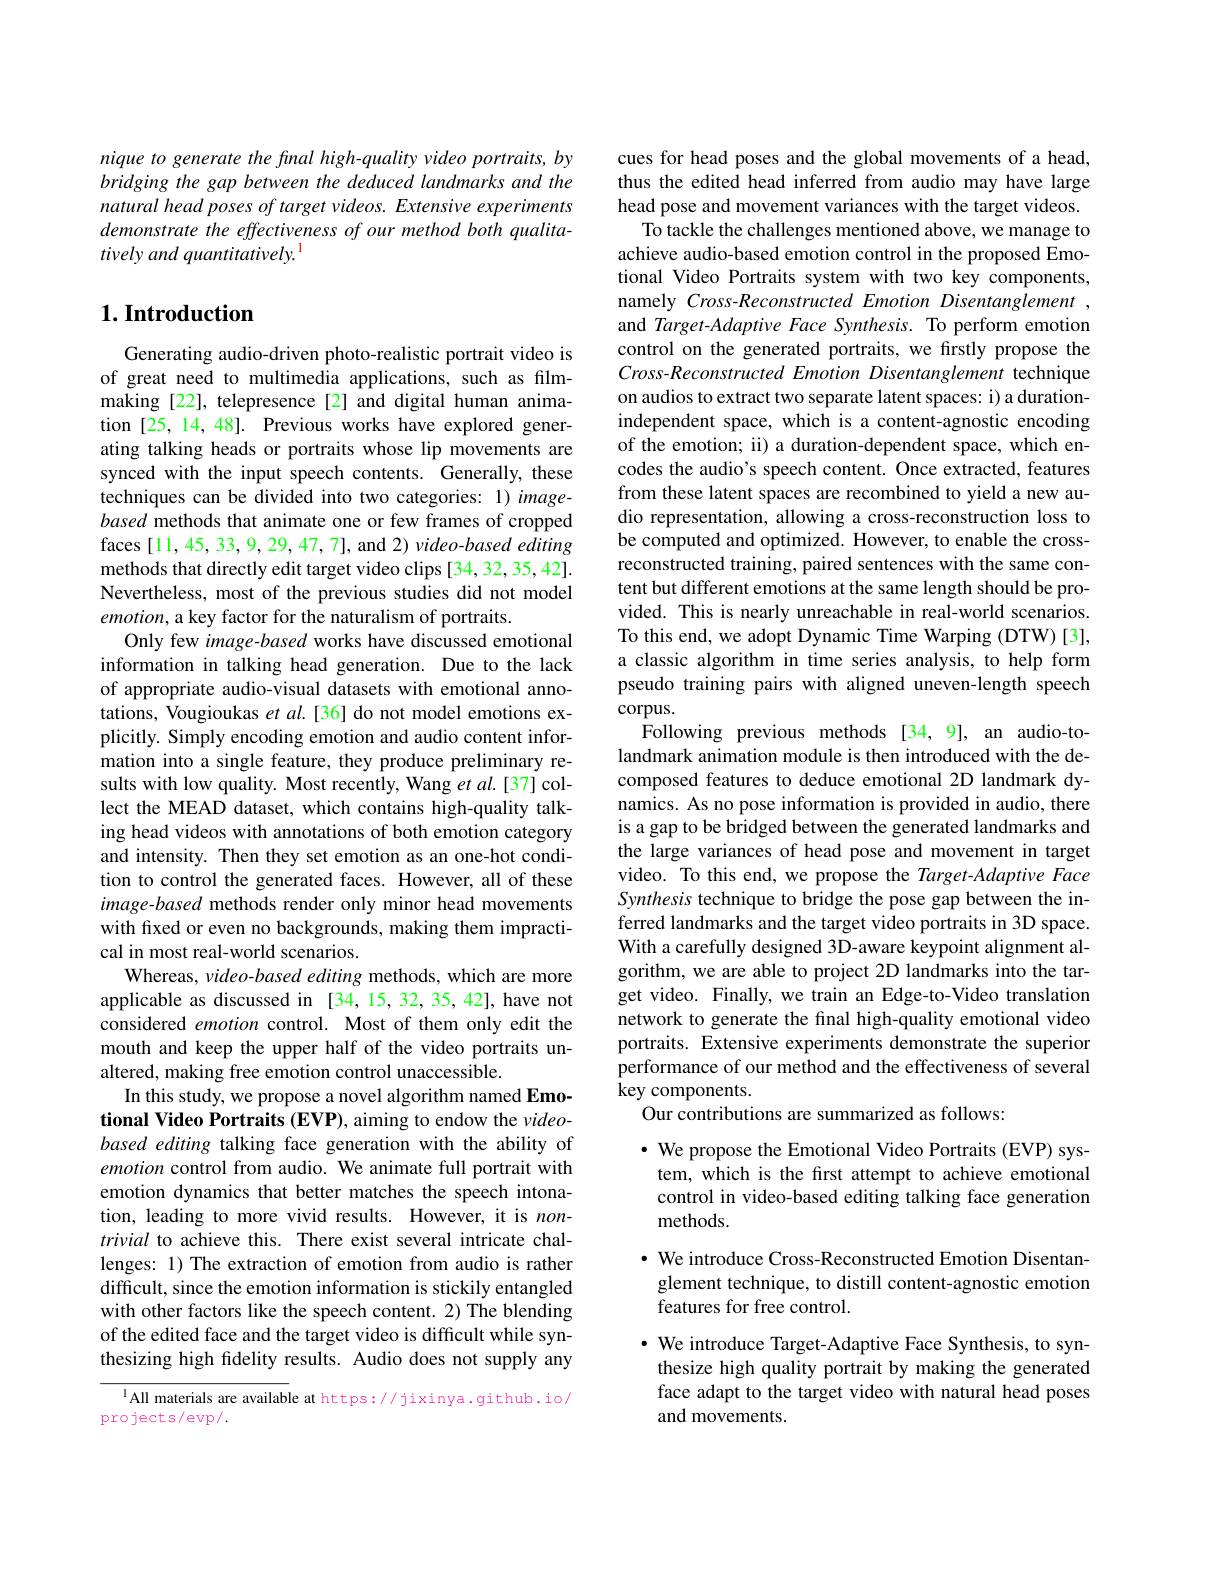
nique to generate the final high-quality video portraits, by bridging the gap between the deduced landmarks and the natural head poses of target videos. Extensive experiments demonstrate the effectiveness of our method both qualitatively and quantitatively.

## $1. \textbf{Introduction}$

Generating audio-driven photo-realistic portrait video is of great need to multimedia applications, such as filmmaking [22], telepresence [2] and digital human animation [25, 14, 48]. Previous works have explored generating talking heads or portraits whose lip movements are synced with the input speech contents. Generally, these techniques can be divided into two categories: 1) imagebased methods that animate one or few frames of cropped faces [11, 45, 33, 9, 29, 47, 7], and 2) video- based editing methods that directly edit target video clips [34,32,35,42]. Nevertheless, most of the previous studies did not model $emotion$, a key factor for the naturalism of portraits.
Only few image-based works have discussed emotional information in talking head generation. Due to the lack of appropriate audio-visual datasets with emotional annotations, Vougioukas et al.[36] do not model emotions explicitly. Simply encoding emotion and audio content information into a single feature, they produce preliminary results with low quality. Most recently, Wang et al.[37] collect the MEAD dataset, which contains high-quality talking head videos with annotations of both emotion category and intensity. Then they set emotion as an one-hot condition to control the generated faces. However, all of these image-based methods render only minor head movements with fixed or even no backgrounds, making them impractical in most real-world scenarios.
Whereas, video-based editing methods, which are more applicable as discussed in [34,15,32,35,42], have not considered emotion control. Most of them only edit the mouth and keep the upper half of the video portraits unaltered, making free emotion control unaccessible.
In this study, we propose a novel algorithm named Emotional Video Portraits (EVP), aiming to endow the videobased editing talking face generation with the ability of emotion control from audio. We animate full portrait with emotion dynamics that better matches the speech intonation, leading to more vivid results. However, it is $non-$ trivial to achieve this. There exist several intricate challenges: 1) The extraction of emotion from audio is rather difficult, since the emotion information is stickily entangled with other factors like the speech content. 2) The blending of the edited face and the target video is difficult while synthesizing high fidelity results. Audio does not supply any
$^{1}$All materials are available at https://jixinya.github.io/

projects/evp/.

cues for head poses and the global movements of a head, thus the edited head inferred from audio may have large head pose and movement variances with the target videos.
To tackle the challenges mentioned above, we manage to achieve audio-based emotion control in the proposed Emotional Video Portraits system with two key components, namely Cross-Reconstructed Emotion Disentanglement , and Target-Adaptive Face Synthesis. To perform emotion control on the generated portraits, we firstly propose the Cross- Reconstructed Emotion Disentanglement technique on audios to extract two separate latent spaces: i) a durationindependent space, which is a content-agnostic encoding of the emotion; ii) a duration-dependent space, which encodes the audio's speech content. Once extracted, features from these latent spaces are recombined to yield a new audio representation, allowing a cross-reconstruction loss to be computed and optimized. However, to enable the crossreconstructed training, paired sentences with the same content but different emotions at the same length should be provided. This is nearly unreachable in real-world scenarios. To this end, we adopt Dynamic Time Warping (DTW)[3], a classic algorithm in time series analysis, to help form pseudo training pairs with aligned uneven-length speech $corpus.$
Following previous methods [34,9], an audio-tolandmark animation module is then introduced with the decomposed features to deduce emotional 2D landmark dynamics. As no pose information is provided in audio, there is a gap to be bridged between the generated landmarks and the large variances of head pose and movement in target video. To this end, we propose the Target-Adaptive Face Synthesis technique to bridge the pose gap between the inferred landmarks and the target video portraits in 3D space. With a carefully designed 3D-aware keypoint alignment algorithm, we are able to project 2D landmarks into the target video. Finally, we train an Edge-to-Video translation network to generate the final high-quality emotional video portraits. Extensive experiments demonstrate the superior performance of our method and the effectiveness of several key components.
Our contributions are summarized as follows:
$\cdot$ We propose the Emotional Video Portraits (EVP) system, which is the first attempt to achieve emotional control in video-based editing talking face generation methods.
$\cdot$ We introduce Cross-Reconstructed Emotion Disentan-

glement technique, to distill content-agnostic emotion
features for free control.

· We introduce Target-Adaptive Face Synthesis, to synthesize high quality portrait by making the generated face adapt to the target video with natural head poses and movements.